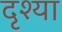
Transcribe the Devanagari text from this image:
दृश्या